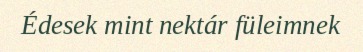
Édesek mint nektár füleimnek